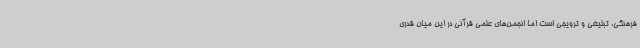
فرهنگی، تبلیغی و ترویجی است اما انجمن‌های علمی قرآنی در این میان قدری